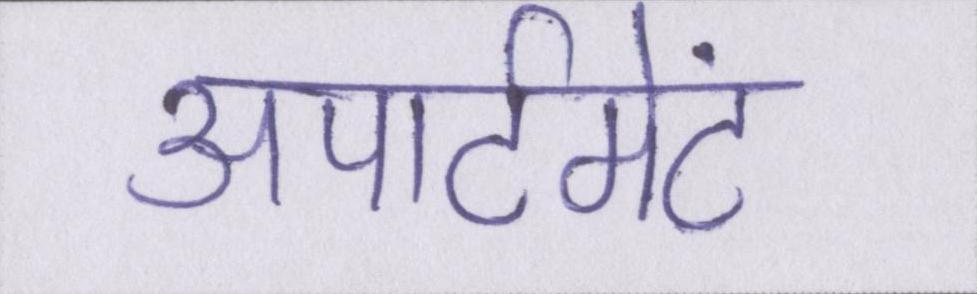
अपार्टमेंट